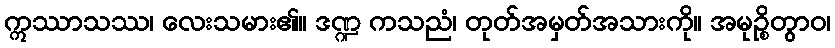
ဣဿာသဿ၊ လေးသမား၏။ ဒဏ္ဍ ကသညံ၊ တုတ်အမှတ်အသားကို။ အမုဉ္စိတွာဝ၊